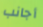
أجانب